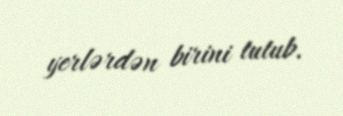
yerlərdən birini tutub.